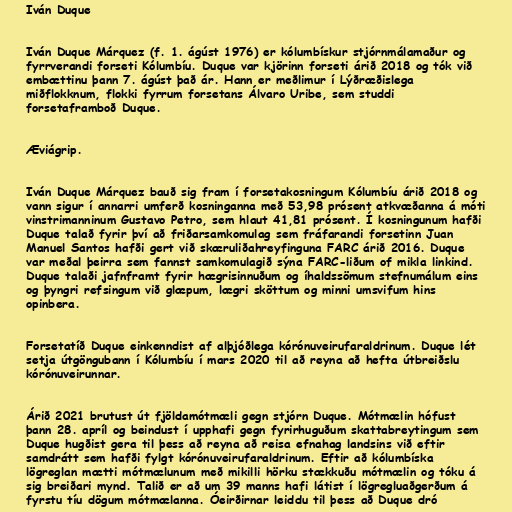
Iván Duque

Iván Duque Márquez (f. 1. ágúst 1976) er kólumbískur stjórnmálamaður og
fyrrverandi forseti Kólumbíu. Duque var kjörinn forseti árið 2018 og tók við
embættinu þann 7. ágúst það ár. Hann er meðlimur í Lýðræðislega
miðflokknum, flokki fyrrum forsetans Álvaro Uribe, sem studdi
forsetaframboð Duque.

Æviágrip.

Iván Duque Márquez bauð sig fram í forsetakosningum Kólumbíu árið 2018 og
vann sigur í annarri umferð kosninganna með 53,98 prósent atkvæðanna á móti
vinstrimanninum Gustavo Petro, sem hlaut 41,81 prósent. Í kosningunum hafði
Duque talað fyrir því að friðarsamkomulag sem fráfarandi forsetinn Juan
Manuel Santos hafði gert við skæruliðahreyfinguna FARC árið 2016. Duque
var meðal þeirra sem fannst samkomulagið sýna FARC-liðum of mikla linkind.
Duque talaði jafnframt fyrir hægrisinnuðum og íhaldssömum stefnumálum eins
og þyngri refsingum við glæpum, lægri sköttum og minni umsvifum hins
opinbera.

Forsetatíð Duque einkenndist af alþjóðlega kórónuveirufaraldrinum. Duque lét
setja útgöngubann í Kólumbíu í mars 2020 til að reyna að hefta útbreiðslu
kórónuveirunnar.

Árið 2021 brutust út fjöldamótmæli gegn stjórn Duque. Mótmælin hófust
þann 28. apríl og beindust í upphafi gegn fyrirhuguðum skattabreytingum sem
Duque hugðist gera til þess að reyna að reisa efnahag landsins við eftir
samdrátt sem hafði fylgt kórónuveirufaraldrinum. Eftir að kólumbíska
lögreglan mætti mótmælunum með mikilli hörku stækkuðu mótmælin og tóku á
sig breiðari mynd. Talið er að um 39 manns hafi látist í lögregluaðgerðum á
fyrstu tíu dögum mótmælanna. Óeirðirnar leiddu til þess að Duque dró